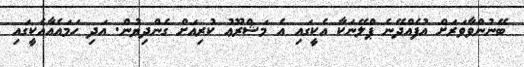
ބޭނުންވާވަރަށް އުފެއްދޭނެ ޕްލޭނަކާ އެކީގައި އެ މަޝްރޫޢު ކުރިއަށް ގެންދިޔުން. އަދި ހަމައެއާއެކީގައި